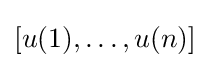
[u(1),\ldots ,u(n)]